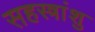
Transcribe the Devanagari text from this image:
सहस्त्रांशु